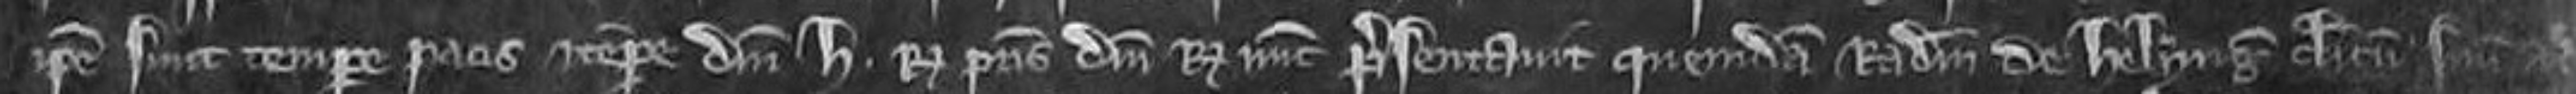
ipse sunt. tempore pacis et tempore domini Henrici regis. patris domini regis nunc. presentavit quendam Radulfum de Helyng clericum suum ad